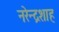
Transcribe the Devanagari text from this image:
नरेन्द्रशाह